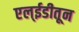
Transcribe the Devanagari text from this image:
एल्ईडीतून